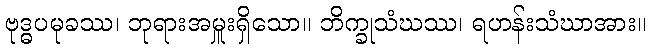
ဗုဒ္ဓပမုခဿ၊ ဘုရားအမှူးရှိသော။ ဘိက္ခုသံဃဿ၊ ရဟန်းသံဃာအား။